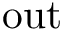
\mathrm { o u t }